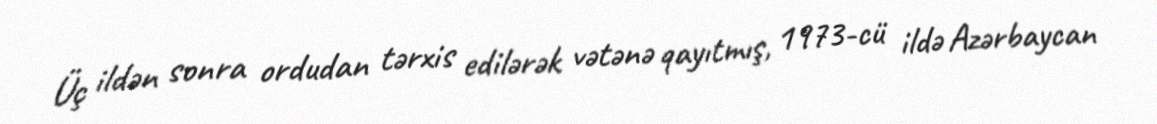
Üç ildən sonra ordudan tərxis edilərək vətənə qayıtmış, 1973-cü ildə Azərbaycan